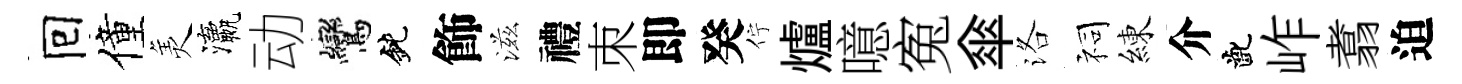
囘僮羙瀛动鸞鈍飾滋禮朿即癸佇爐噫寃傘洛祠練介齔岞翥迫